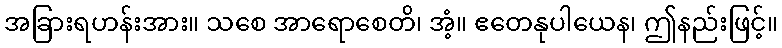
အခြားရဟန်းအား။ သစေ အာရောစေတိ၊ အံ့။ ဧတေနုပါယေန၊ ဤနည်းဖြင့်။